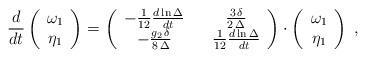
LaTeX: \begin{align*} \frac{d}{dt} \left( \begin{array}{c} \omega_1 \\ \eta_1 \end{array} \right) = \left( \begin{array}{ccc} - \frac{1}{12} \frac{d \ln\Delta}{dt} && \frac{3\,\delta}{2\,\Delta} \\ - \frac{g_2 \, \delta}{8 \, \Delta}& & \frac{1}{12} \frac{d \ln \Delta}{dt} \end{array} \right) \cdot \left( \begin{array}{c} \omega_1 \\ \eta_1 \end{array} \right) \;, \end{align*}